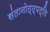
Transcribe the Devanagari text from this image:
संतानोत्त्पत्ति